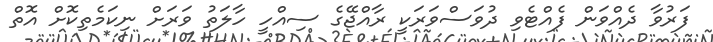
ފަރުވާ ދެއްވަން ފެއްޓެވި ދުވަސްވަރަކީ ރާއްޖޭގެ ސިއްހީ ހާލަތު ވަރަށް ނިކަމެތިކޮށް އޮތް